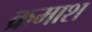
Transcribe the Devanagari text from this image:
क्रमाश